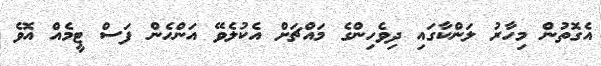
އެގޮތުން މިހާރު ލަންކާގައި ދިވެހިންގެ މައްޗަށް އެކުލެވޭ އަންހެން ފަސް ޓީމެއް އޮވެ